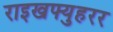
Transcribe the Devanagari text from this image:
राइखफ्युहरर